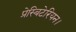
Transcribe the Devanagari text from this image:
प्रेस्बिटेरियन।